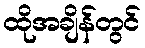
ထိုအချိန်တွင်